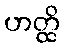
ဟတ္ထိ